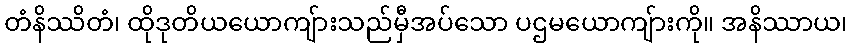
တံနိဿိတံ၊ ထိုဒုတိယယောကျ်ားသည်မှီအပ်သော ပဌမယောကျ်ားကို။ အနိဿာယ၊